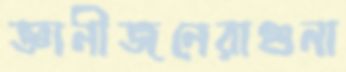
জ্ঞানীজনেরাগুনা